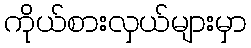
ကိုယ်စားလှယ်များမှာ